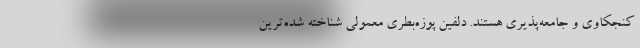
کنجکاوی و جامعه‌پذیری هستند. دلفین پوزه‌بطری معمولی شناخته شده‌ترین